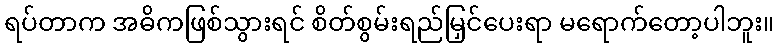
ရပ်တာက အဓိကဖြစ်သွားရင် စိတ်စွမ်းရည်မြှင်ပေးရာ မရောက်တော့ပါဘူး။